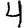
Digit: 4